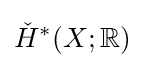
{\check {H}}^{*}(X;\mathbb {R} )